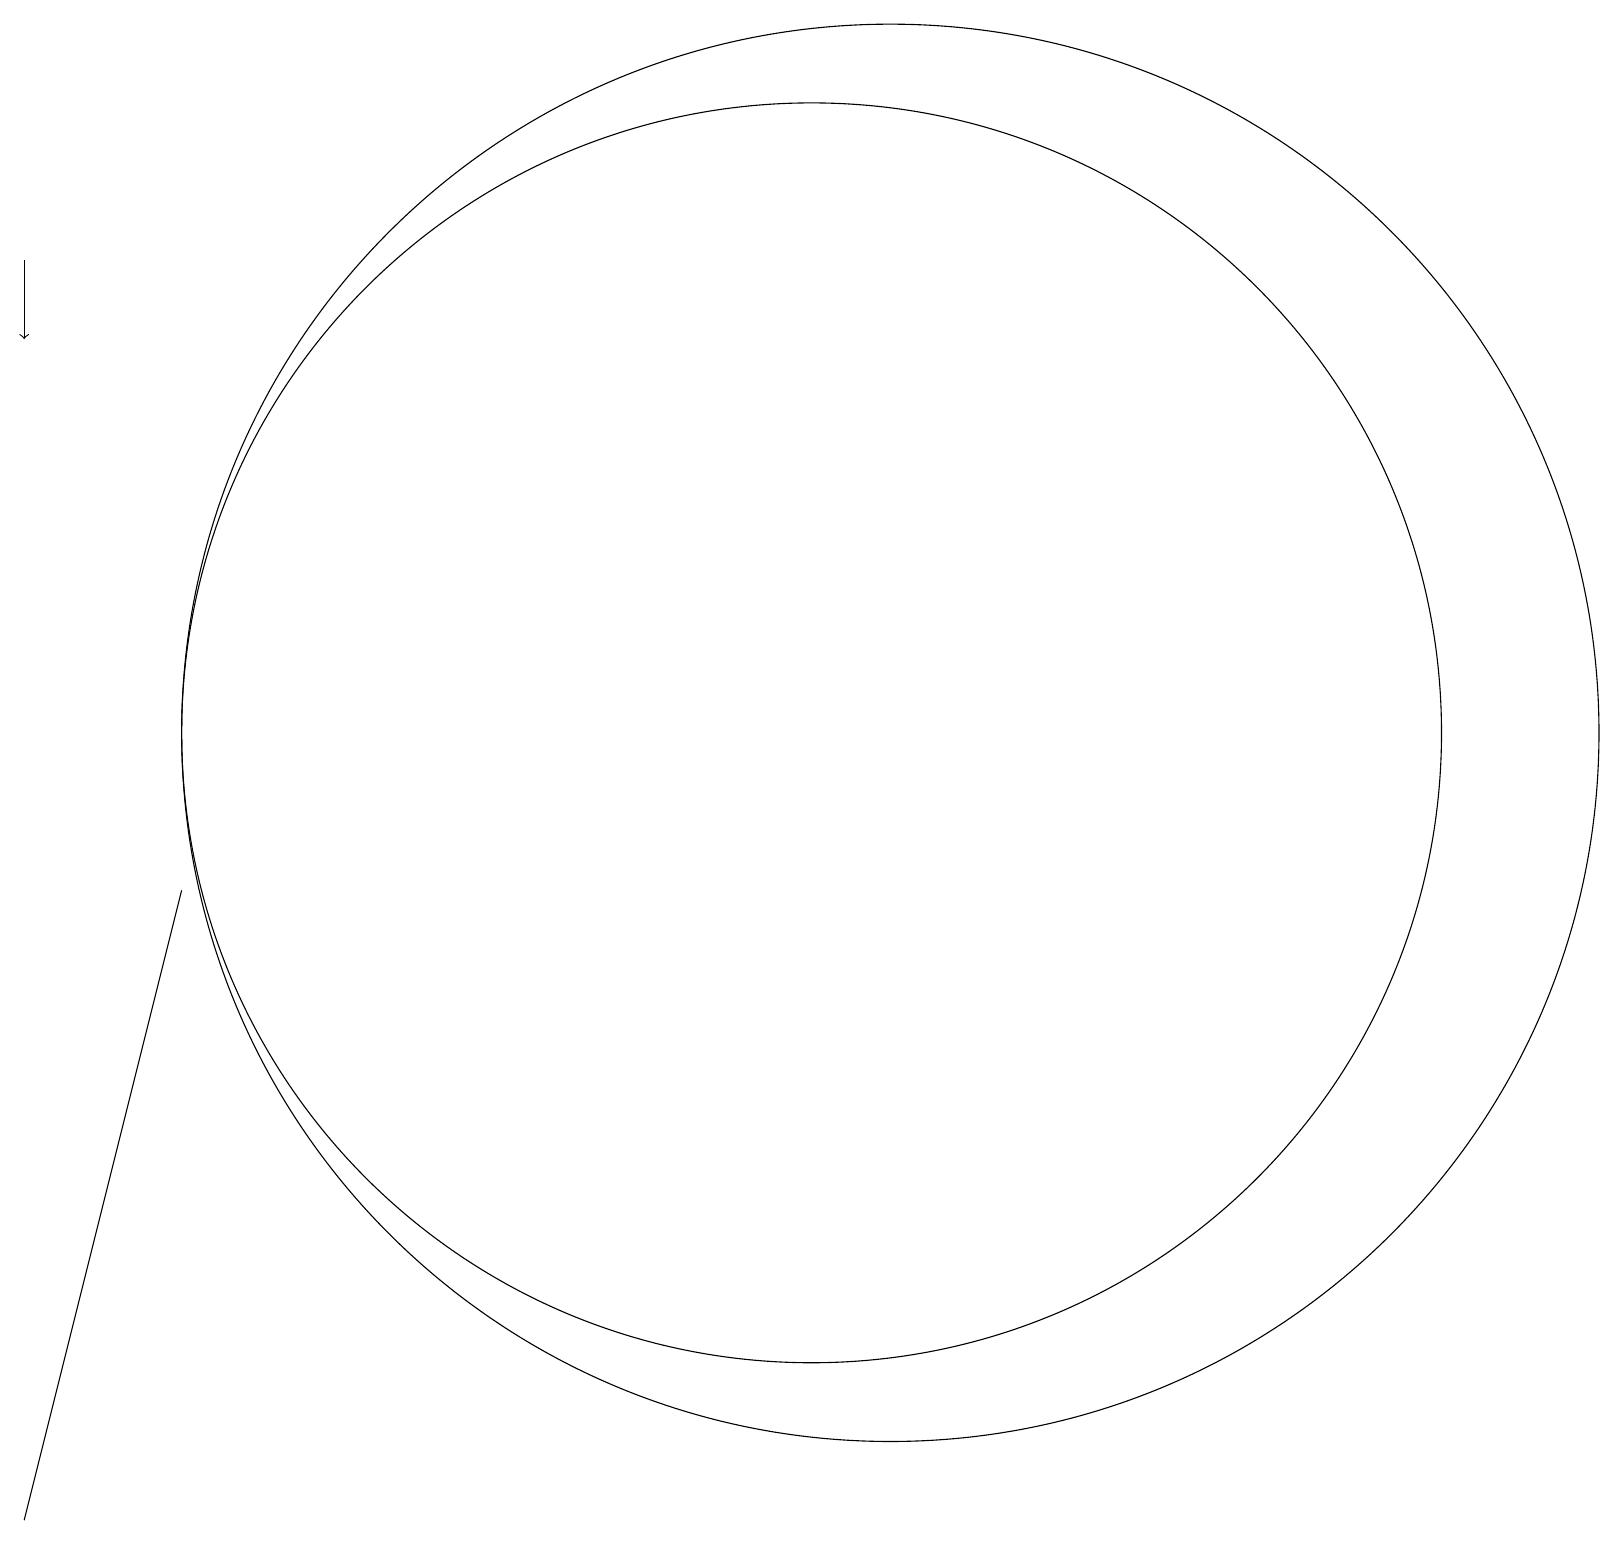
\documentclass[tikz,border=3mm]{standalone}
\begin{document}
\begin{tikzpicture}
\draw (3,9) -- (1,1) -- (3,9) -- cycle;
\draw (12,11) circle (9);
\draw[->] (1,17) -- (1,16);
\draw (11,11) circle (8);
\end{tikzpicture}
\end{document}